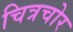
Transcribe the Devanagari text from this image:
चित्रचोर